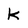
Character: K